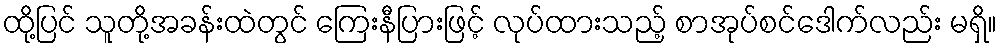
ထို့ပြင် သူတို့အခန်းထဲတွင် ကြေးနီပြားဖြင့် လုပ်ထားသည့် စာအုပ်စင်ဒေါက်လည်း မရှိ။